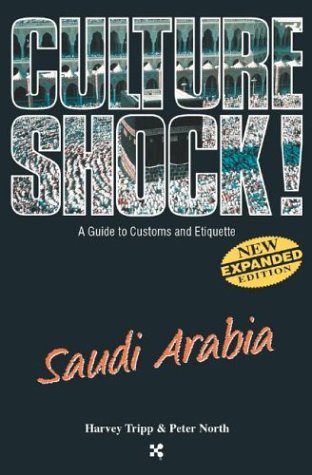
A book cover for Saudi Arabia (Culture Shock! A Survival Guide to Customs & Etiquette); Harvey Tripp; Travel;